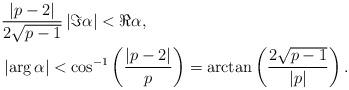
LaTeX: \begin{align*} &\frac{\left|p-2\right|}{2\sqrt{p-1}}\left|\Im\alpha\right|<\Re\alpha, \\ &\left|\arg\alpha\right|<\cos^{-1}\left(\frac{\left|p-2\right|}{p}\right)=\arctan\left(\frac{2\sqrt{p-1}}{\left|p\right|}\right). \end{align*}